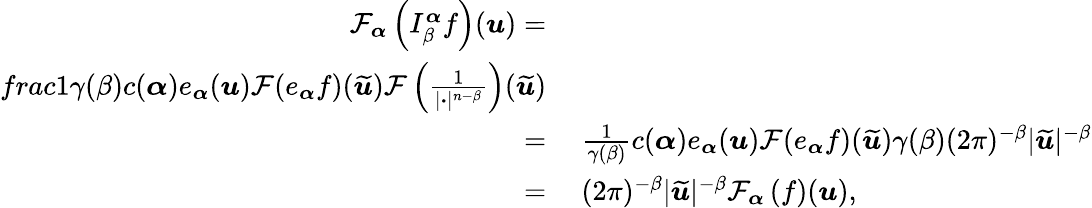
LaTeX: \begin{array}{rl}{\mathcal{F}_{\boldsymbol{\alpha}}\left(I_{\beta}^{\boldsymbol{\alpha}}f\right)(\boldsymbol{u})=}&{}\\ {frac{1}{\gamma(\beta)}c(\boldsymbol{\alpha})e_{\boldsymbol{\alpha}}(\boldsymbol{u})\mathcal{F}(e_{\boldsymbol{\alpha}}f)(\widetilde{\boldsymbol{u}})\mathcal{F}\left(\frac{1}{|\boldsymbol{\cdot}|^{n-\beta}}\right)(\widetilde{\boldsymbol{u}})}\\ {=}&{\ \frac{1}{\gamma(\beta)}c(\boldsymbol{\alpha})e_{\boldsymbol{\alpha}}(\boldsymbol{u})\mathcal{F}(e_{\boldsymbol{\alpha}}f)(\widetilde{\boldsymbol{u}})\gamma(\beta)(2\pi)^{-\beta}|\widetilde{\boldsymbol{u}}|^{-\beta}}\\ {=}&{\ (2\pi)^{-\beta}|\widetilde{\boldsymbol{u}}|^{-\beta}\mathcal{F}_{\boldsymbol{\alpha}}\left(f\right)(\boldsymbol{u}),}\end{array}